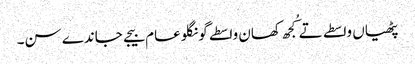
پٹھیاں واسطے تے کُجھ کھان واسطے گونگلو عام بیجے جاندے سن۔